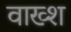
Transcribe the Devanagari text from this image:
वाख्श